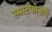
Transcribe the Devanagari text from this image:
स्मार्टफोनांचे